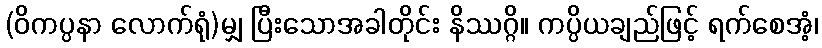
(ဝိကပ္ပနာ လောက်ရုံ)မျှ ပြီးသောအခါတိုင်း နိဿဂ္ဂိ။ ကပ္ပိယချည်ဖြင့် ရက်စေအံ့၊